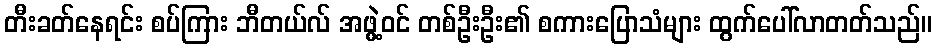
တီးခတ်နေရင်း စပ်ကြား ဘီတယ်လ် အဖွဲ့ဝင် တစ်ဦးဦး၏ စကားပြောသံများ ထွက်ပေါ်လာတတ်သည်။